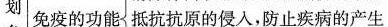
划免疫的功能抵抗抗原的侵入，防止疾病的产生